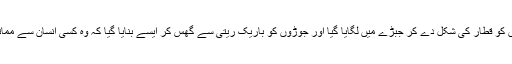
بعدازاں اس کے دانتوں کو قطار کی شکل دے کر جبڑے میں لگایا گیا اور جوڑوں کو باریک ریتی سے گھس کر ایسے بنایا گیا کہ وہ کسی انسان سے مماثل دکھائی دینے لگیں۔